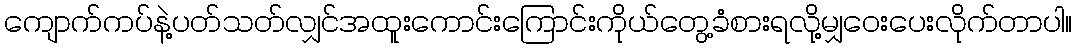
ကျောက်ကပ်နဲ့ပတ်သတ်လျှင်အထူးကောင်းကြောင်းကိုယ်တွေ့ခံစားရလို့မျှဝေးပေးလိုက်တာပါ။